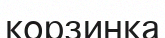
корзинка